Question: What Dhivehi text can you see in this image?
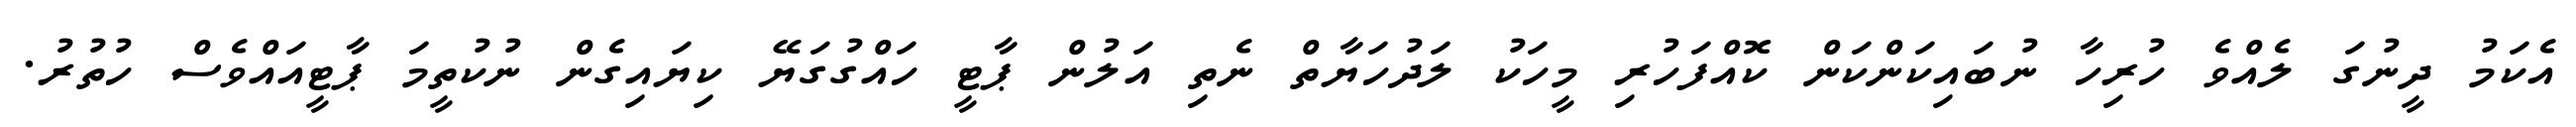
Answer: އެކަމު ދީނުގަ ލެއްވެ ހުރިހާ ނުބައިކަންކަން ކޮއްފަހުރި މީހަކު ލަދުހަޔާތް ނެތި އަލުން ޕާޓީ ހައްގުގަޔޭ ކިޔައިގެން ނުކުތީމަ ޕާޓީއައްވެސް ހުތުރު.